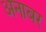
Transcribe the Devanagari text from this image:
अनाबर